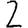
Digit: 2